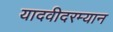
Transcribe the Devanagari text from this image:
यादवीदरम्यान